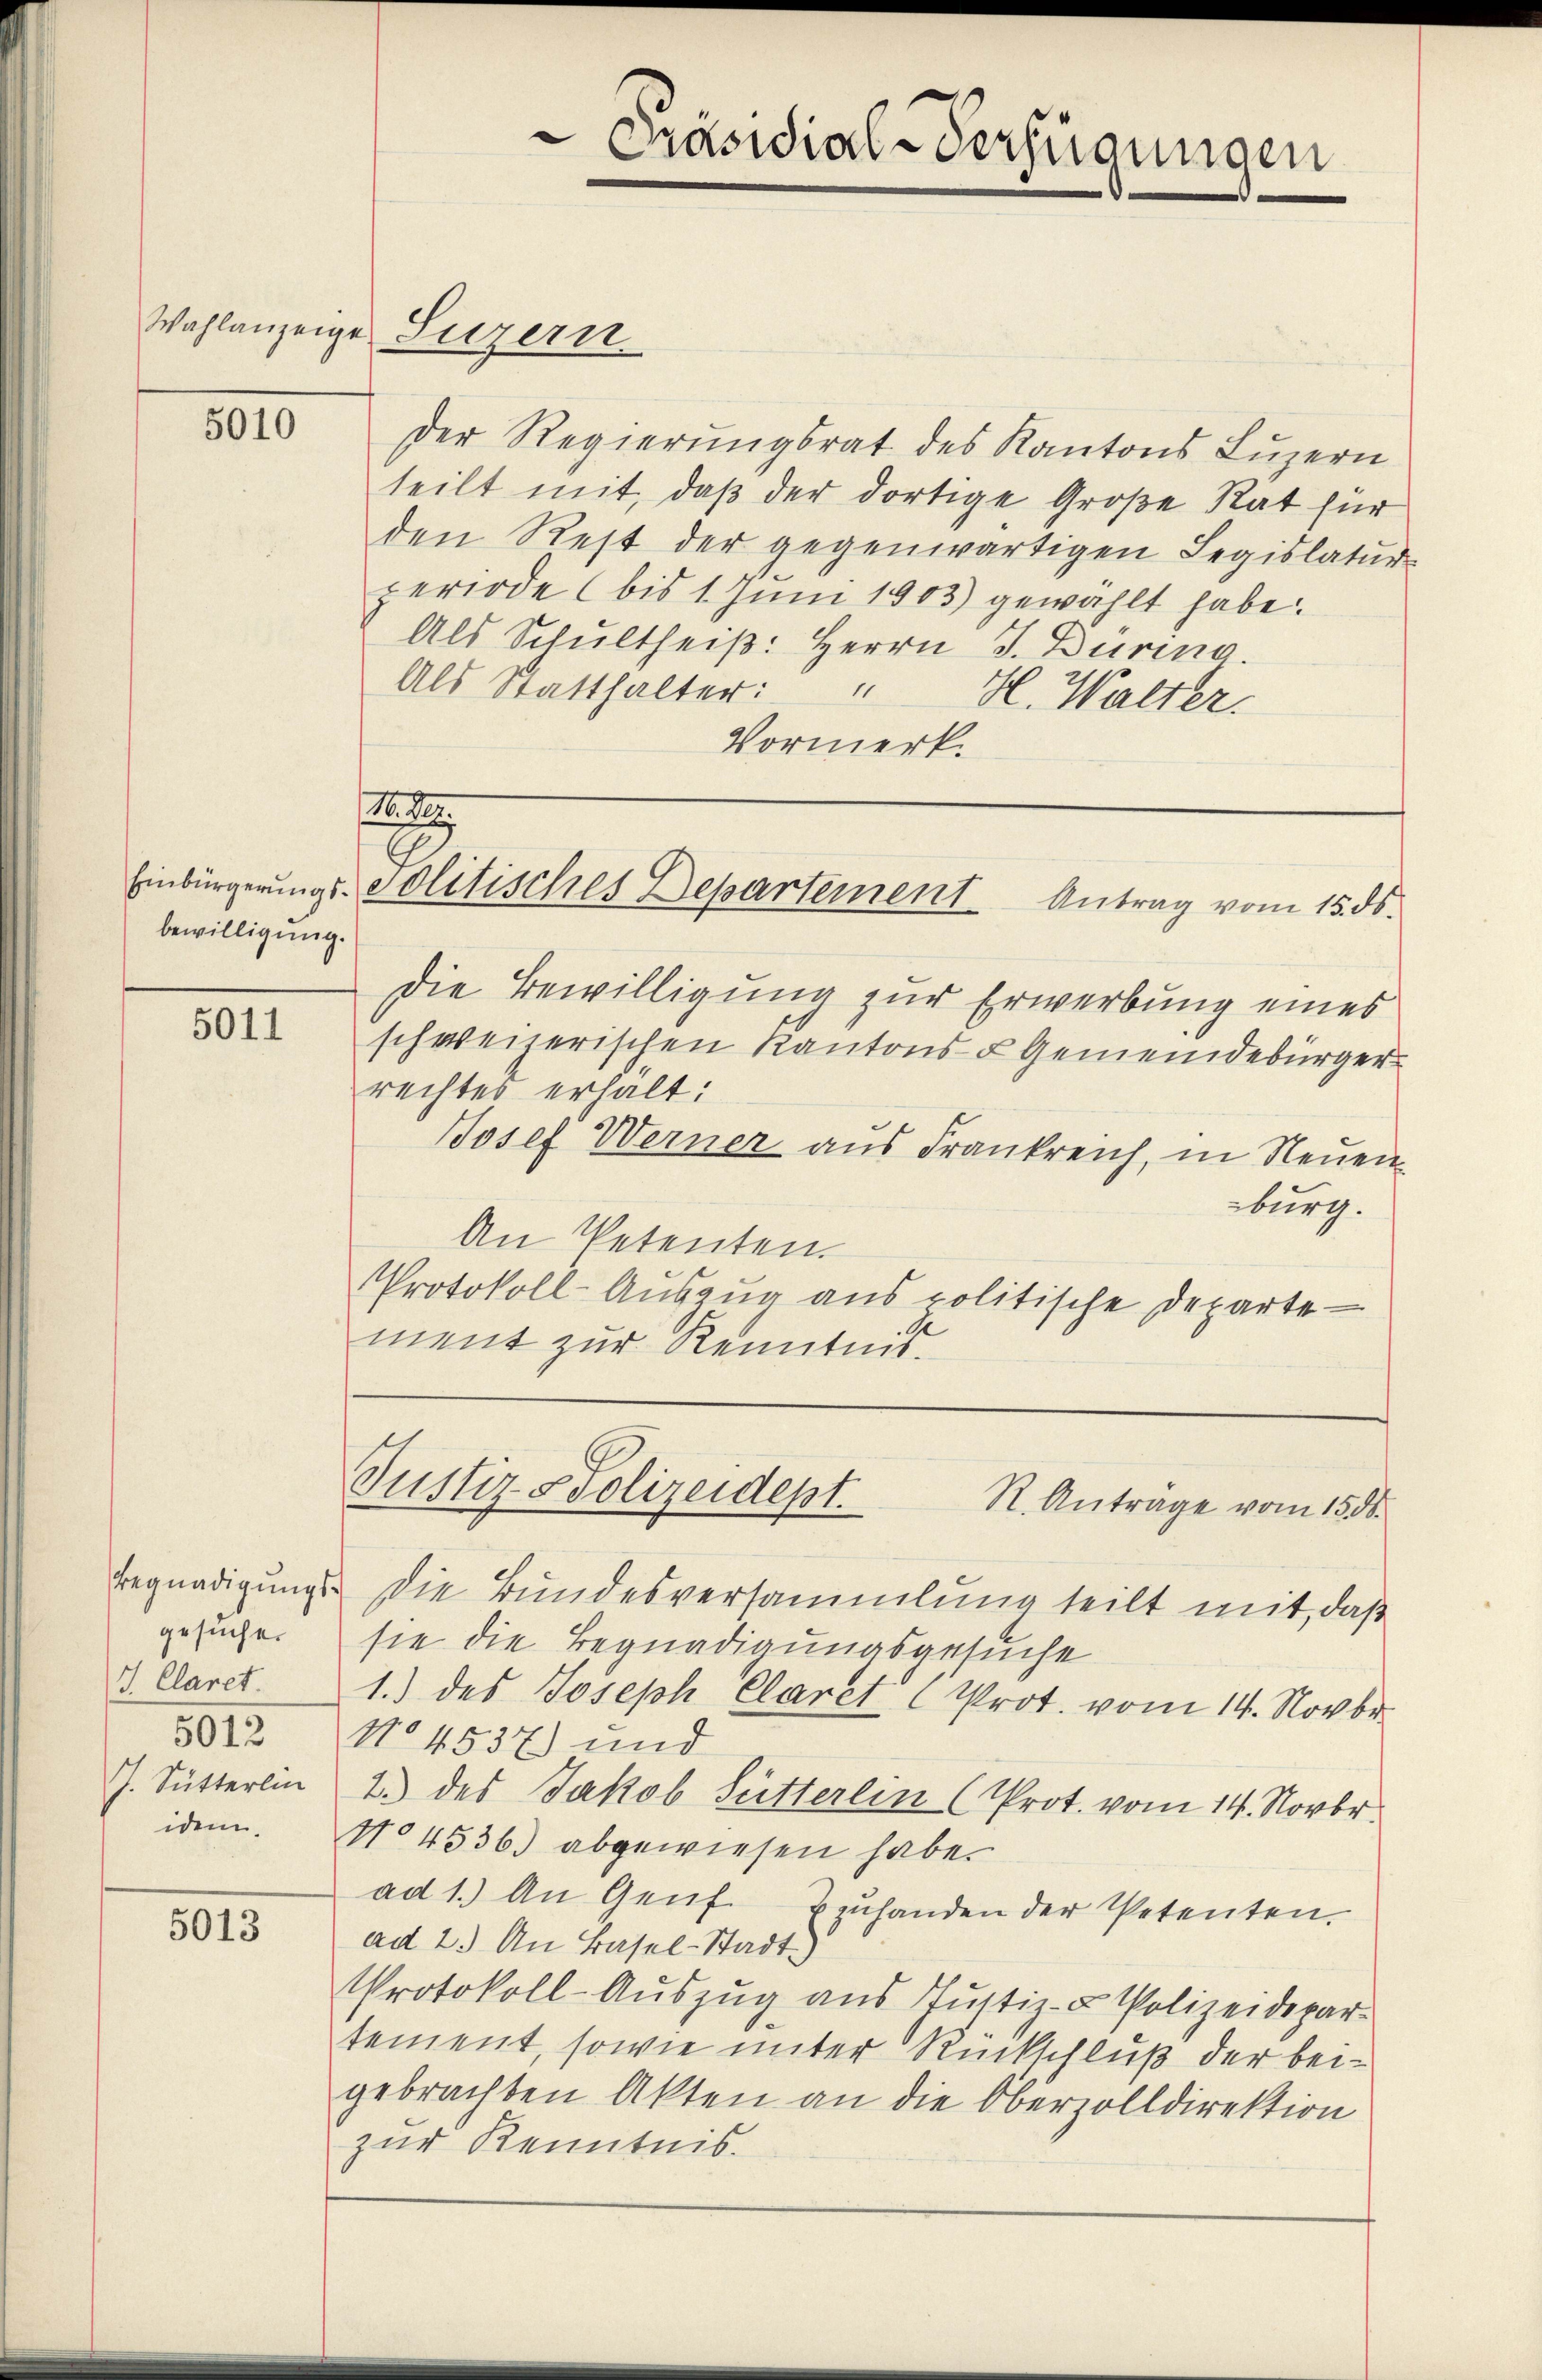
5010

bewilligung.

5011

gesuche.
J. Claret.
5012
J. Sutterlin
iden.

5013

Wahlanzeige Luzern

Präsidial-Verfügungen

Der Regierungsrat des Kantons Luzern
teilt mit, daß der dortige Große Rat für
den Rest der gegenwärtigen Legislatur-
periode (bis 1. Juni 1903) gewählt habe.
Als Schultheiß: Herrn J. Dürina.
Als Statthalter: " H. Walter.
Vormerk.
N. S.

Einbürgerungs-Politisches Departement Antrag vom 15. ds.

Die Bewilligung zur Erwerbung eines
schweizerischen Kantons- & Gemeindebürger
rechtes erhält:
Josef Werner aus Frankreich, in Neuenburg.
An Petenten.
Protokoll-Auszug aus politische Departe —
ment zur Kenntnis.

Begnadigung. Die Bundesversammlung teilt mit, daß
sie die Begnadigungsgesuche
1.) des Joseph Claret (Prot. vom 14. Novbr.
No 4537) und
1.) des Jakob Sutterlin (Prot. vom 14. Novbr.
No 4536) abgewiesen habe.
ad 1. An Genf Ezŭhanden der Petenten.
ad 2.) An Basel-Stadt.
Protokoll-Auszug aus Justiz- u Polizeidepar-
tement, sowie unter Rückschluß der beigebrachten Akten an die Oberzolldirektion
zur Kenntnis.

Justiz - Polizeidept.
R. Anträge vom 15. ds.